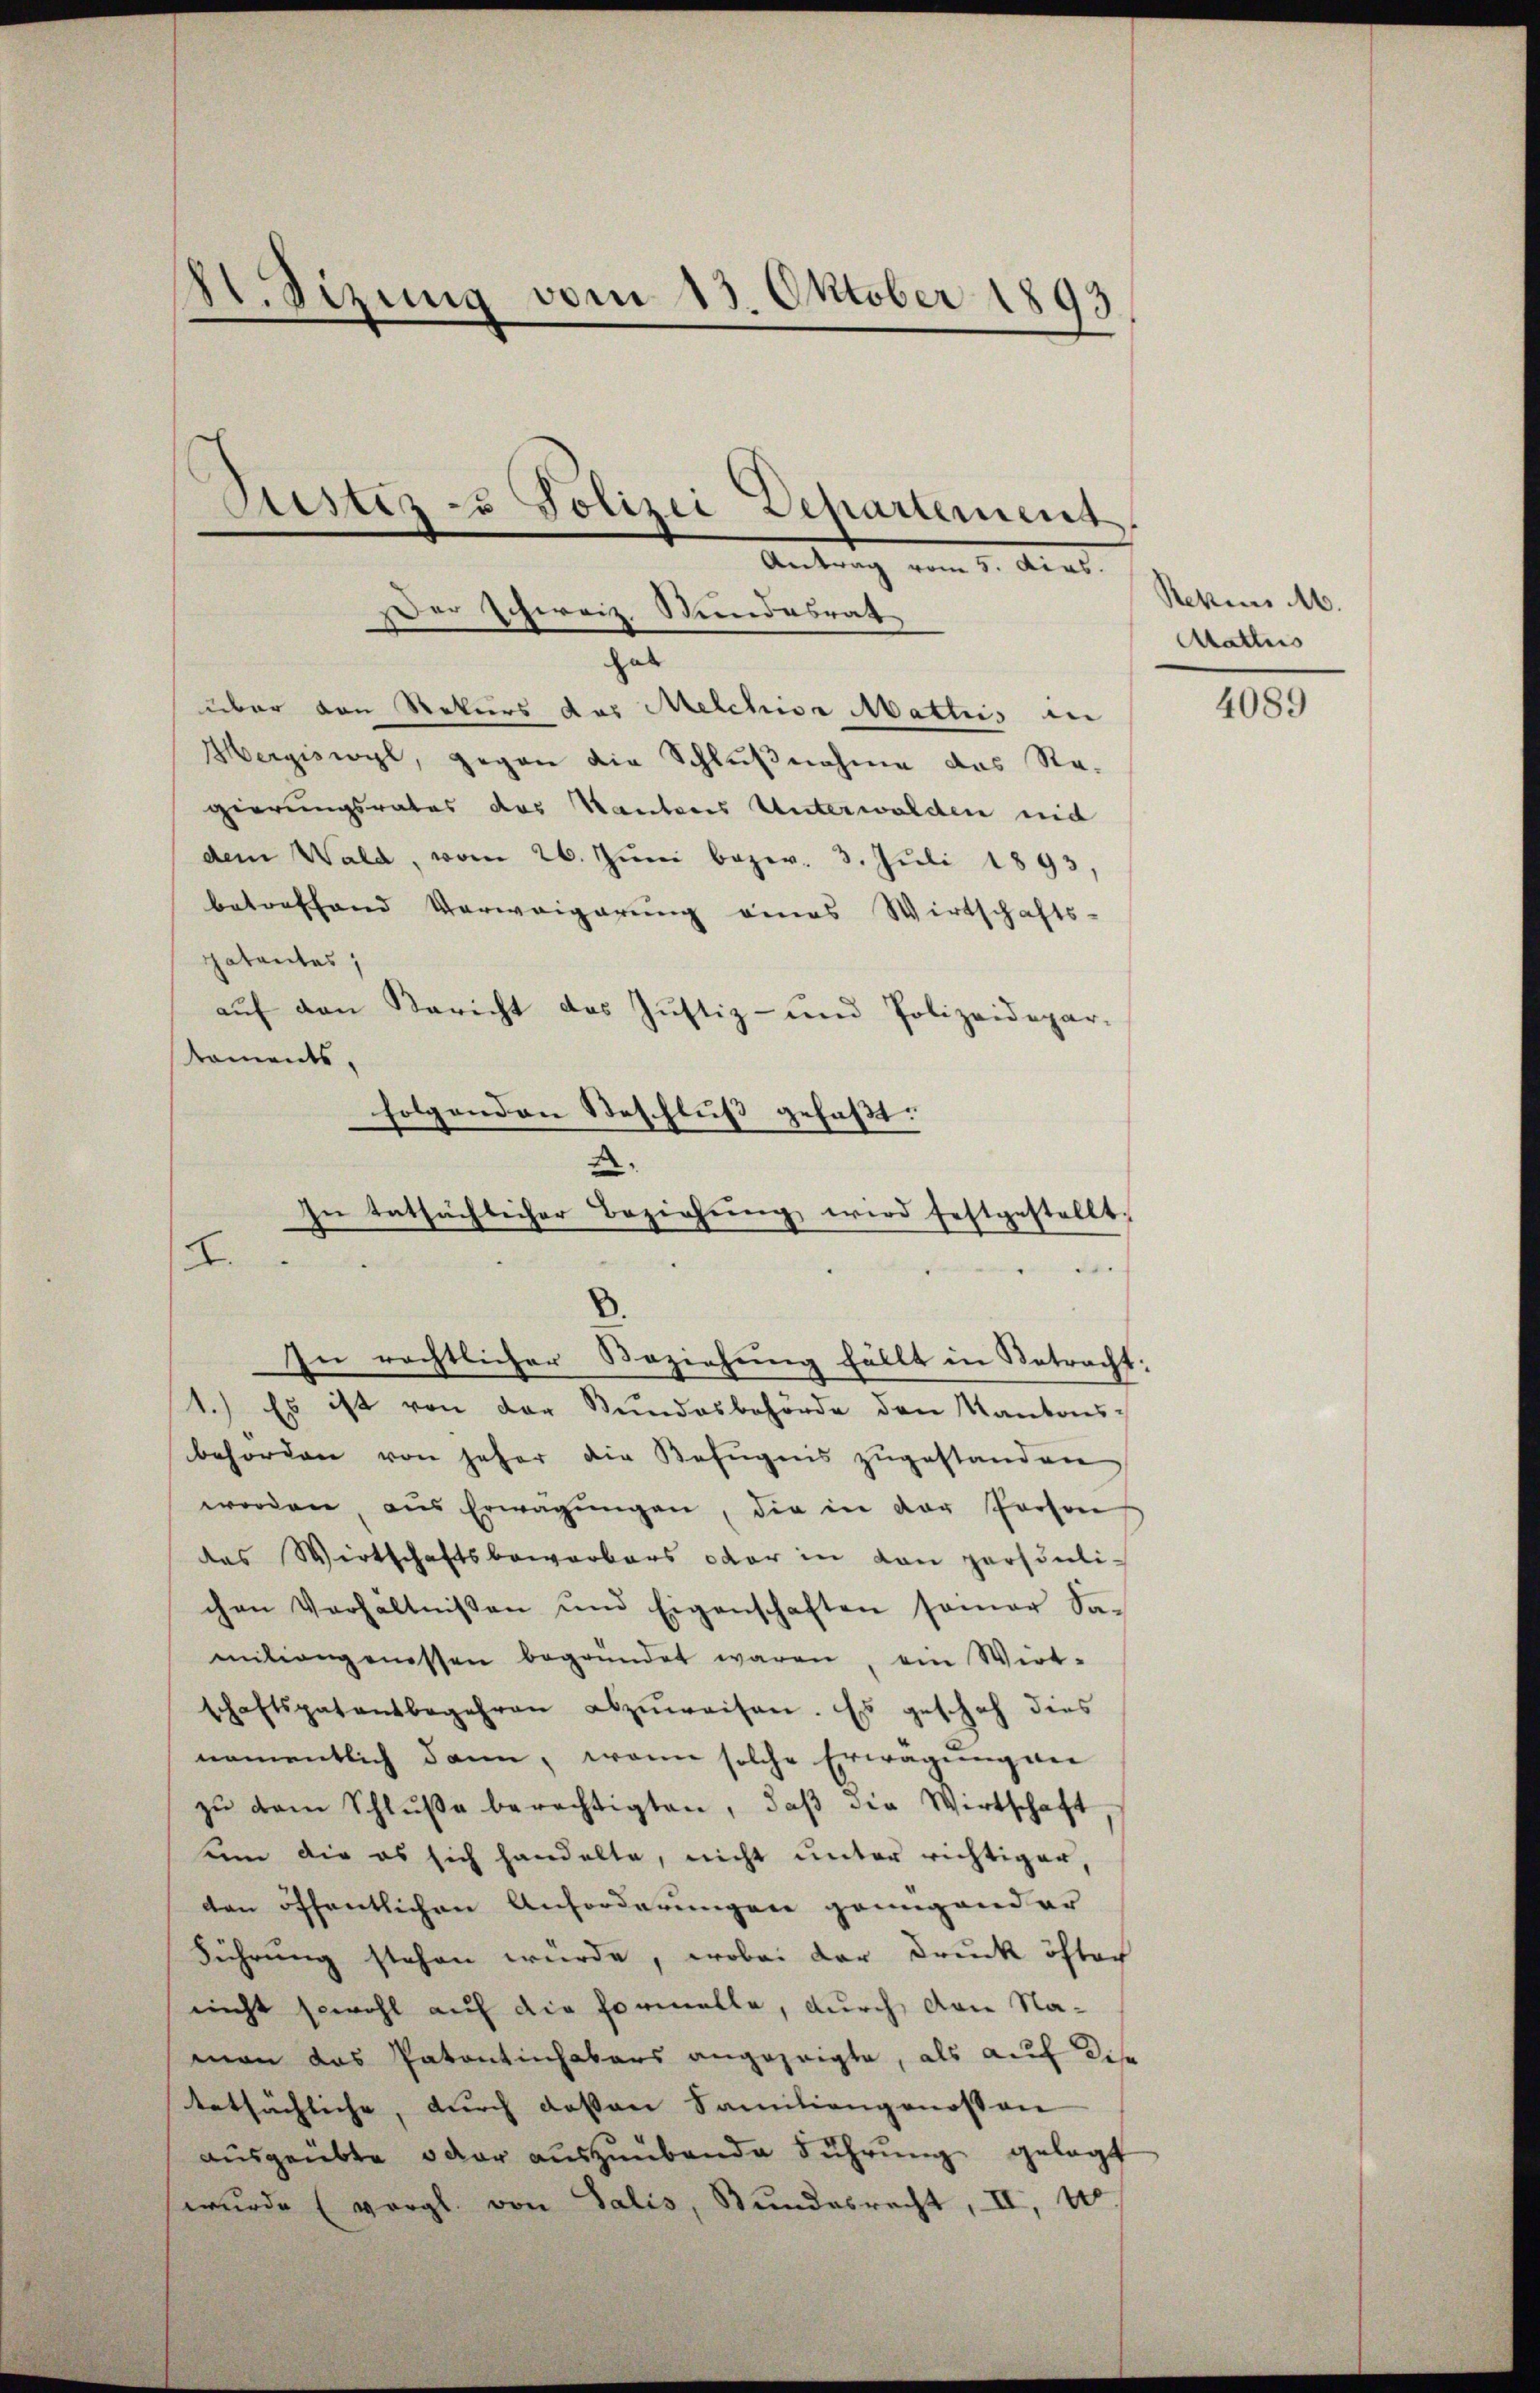
St. Sizung vom 13. Oktober 1893
Justiz - Polizei Departement
Antrag vom 5. Acas.

Der Schweiz. Stundesrath

hab
über den Rekurs das Melchior Mattis in
Hergiswyl, gegen die Schlußnahme das Ragierungsrates das Kantones Unterwalden nid
dem Wald, vom 26. Jŭni bezw. 3. Jŭli 1893,
betreffend Verweigerung eines Wirtschafts-
Hatantes,
aŭf den Bericht das Justiz- und Polizeidepar-
koments,
folgenden Beschluß gefaßt:

.
In tatsächlicher Beziehŭng wird festgestellt;
2.
.
In rechtlicher Beziehung fällt in Betracht:
1.) Es ist von der Kundesbehörde den Kantons-

behörden von jeher die Befugnis zŭgestanden
worden, aus Erwägŭngen, die in der Person
das Wirtschaftsbewerbers oder in von persönli-
chen Verhältnissen und Eigenschaften sonar Sa-
mitiengenessen begründet waren, ein Wirt-
schaftspatentbegehren abzŭweisen. Es geschah dies
namentlich dann, wenn solche Erwägung an
zŭ dem Schlŭβe berechtigten, daβ die Wirtschaft
ain die es sich handelte, nicht unter richtiger,
den öffentlichen Anforderungen genügender
Führung stehen wurde, wobei der Druck öfter
nicht sowohl auf die Formelle, durch von Naman das Patentinhabers angezeigte, als auf dise
tatsächliche, durch dessen Familiengenossen
ausgeübte oder auszuübende Führung gelegt
wurde (vergl. von Salis, Bundesrecht, II, 100.

Rekens M.
Aattis

4089